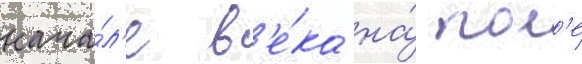
нача́л'е в'е́ка на́ пол'е